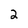
Character: 2